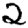
Digit: 2